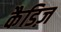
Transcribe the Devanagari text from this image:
कैडिज़